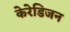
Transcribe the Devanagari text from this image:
केरेडिजन